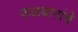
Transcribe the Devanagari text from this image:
फळबागांचे